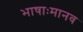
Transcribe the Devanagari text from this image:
भाषाःमानव